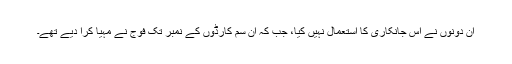
ان دونوں نے اس جانکاری کا استعمال نہیں کیا، جب کہ ان سم کارڈوں کے نمبر تک فوج نے مہیا کرا دیے تھے۔